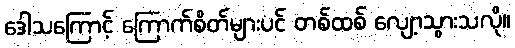
ဒေါသကြောင့် ကြောက်စိတ်များပင် တစ်ထစ် လျော့သွားသလို။